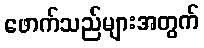
ဖောက်သည်များအတွက်